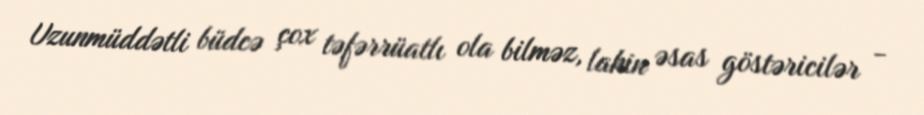
Uzunmüddətli büdcə çox təfərrüatlı ola bilməz, lakin əsas göstəricilər -